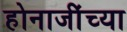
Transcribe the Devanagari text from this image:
होनाजींच्या